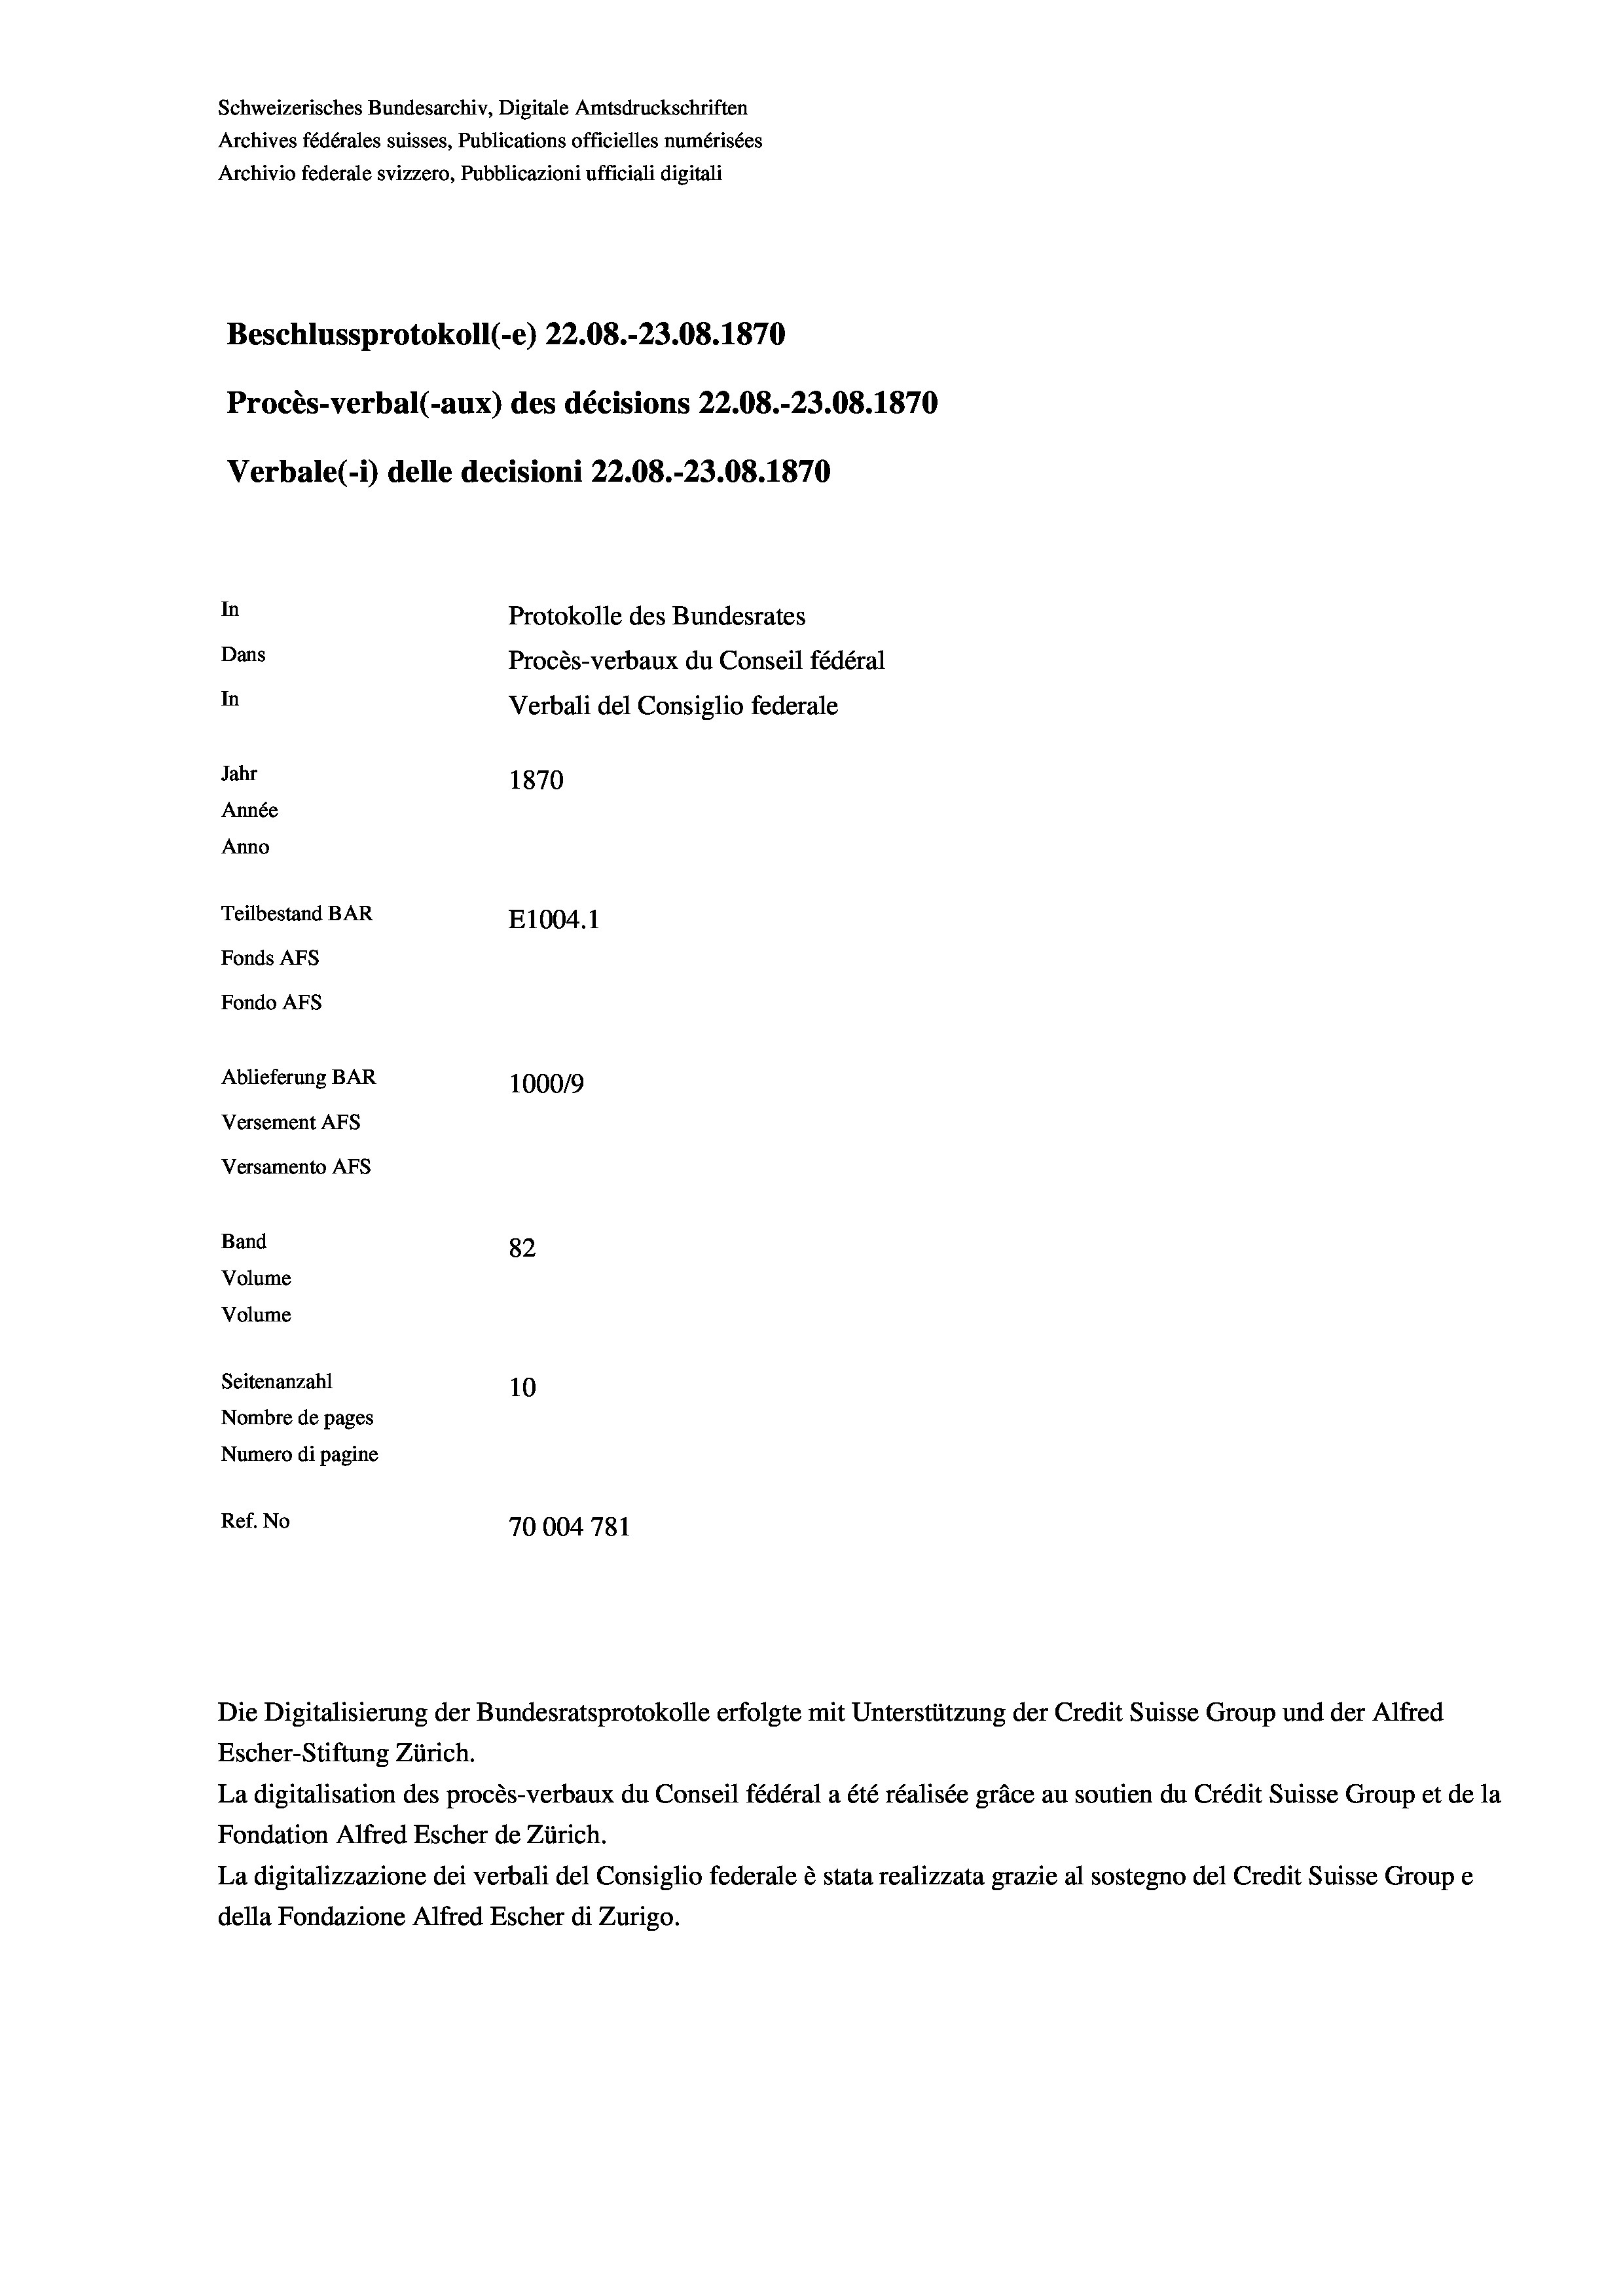
Schweizerisches Bundesarchiv, Digitale Amtsdruckschriften
Archives fédérales suisses, Publications officielles numérisées
Archivio federale svizzero, Pubblicazioni ufficiali digitali
Beschlussprotokoll (-e) 22.08.-23.08. 1870
Procès-verbal (-aux) des décisions 22.08.-23.08. 1870
Verbale (i) delle decisioni 22.08.-23.08. 1870
In
Protokolle des Bundesrates
Dans
Procès-verbaux du Conseil fédéral
In
Verbali del Consiglio federale
Jahr
1870
Année
Anno
Teilbestand BAR
E1004.1
Fonds AFs
Fondo AFS
Ablieferung BAR
100019
Versement AFs
Versamento AFs
Band
82

Seitenanzahl
10
Nombre de pages
Numero di pagine
Ref. No
70004 781

Volume
Volume

Die Digitalisierung der Bundesratsprotokolle erfolgte mit Unterstützung der Credit Suisse Group und der Alfred
Escher-Stiftung Zürich.
La digitalisation des procès-verbaux du Conseil fédéral a été réalisée gräce au soutien du Crédit Suisse Group et de la
Fondation Alfred Escher de Zürich.
La digitalizzazione dei verbali del Consiglio federale è stata realizzata grazie al sostegno del Credit Suisse Groupe
della Fondazione Alfred Escher di Zurigo.